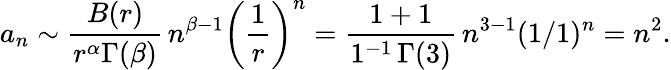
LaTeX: a_{n}\sim{\frac{B(r)}{r^{\alpha}\Gamma(\beta)}}\, n^{\beta-1}\left({\frac{1}{r}}\right)^{n}={\frac{1+1}{1^{-1}\, \Gamma(3)}}\, n^{3-1}(1/1)^{n}=n^{2}.